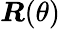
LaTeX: \boldsymbol{R}(\theta)